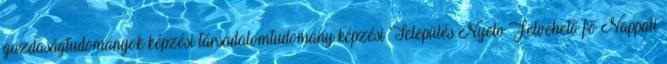
gazdaságtudományok képzési társadalomtudomány képzési Település Nyelv Felvehető fő Nappali